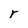
Character: r